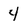
Character: 4